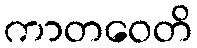
ကာတဝေတိ